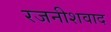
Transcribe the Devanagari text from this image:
रजनीशवाद